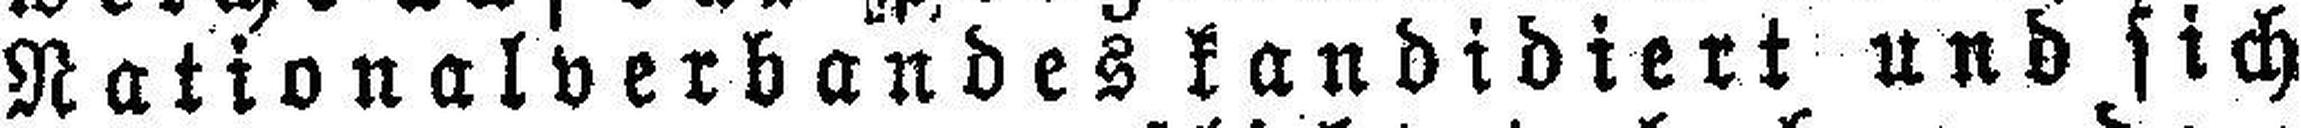
Nationalverbandes kandidiert und sich